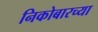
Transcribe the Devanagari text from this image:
निकोबारच्या